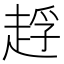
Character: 䞯